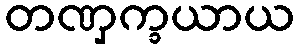
တဏှက္ခယာယ